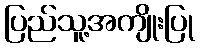
ပြည်သူ့အကျိုးပြု